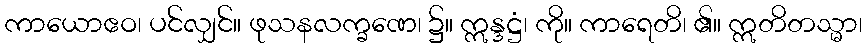
ကာယောဧဝ၊ ပင်လျှင်။ ဖုသနလက္ခဏေ၊ ၌။ ဣန္ဒဋ္ဌံ၊ ကို။ ကာရေတိ၊ ၏။ ဣတိတသ္မာ၊